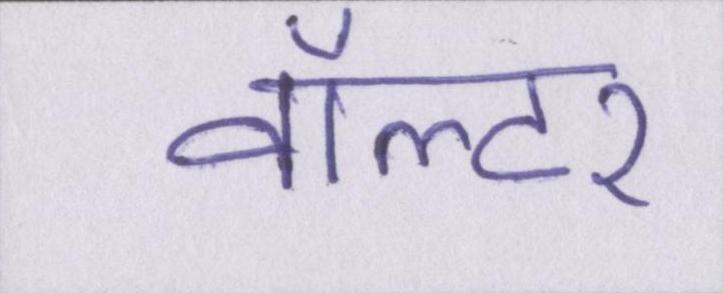
वॉल्टर